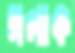
গলাক